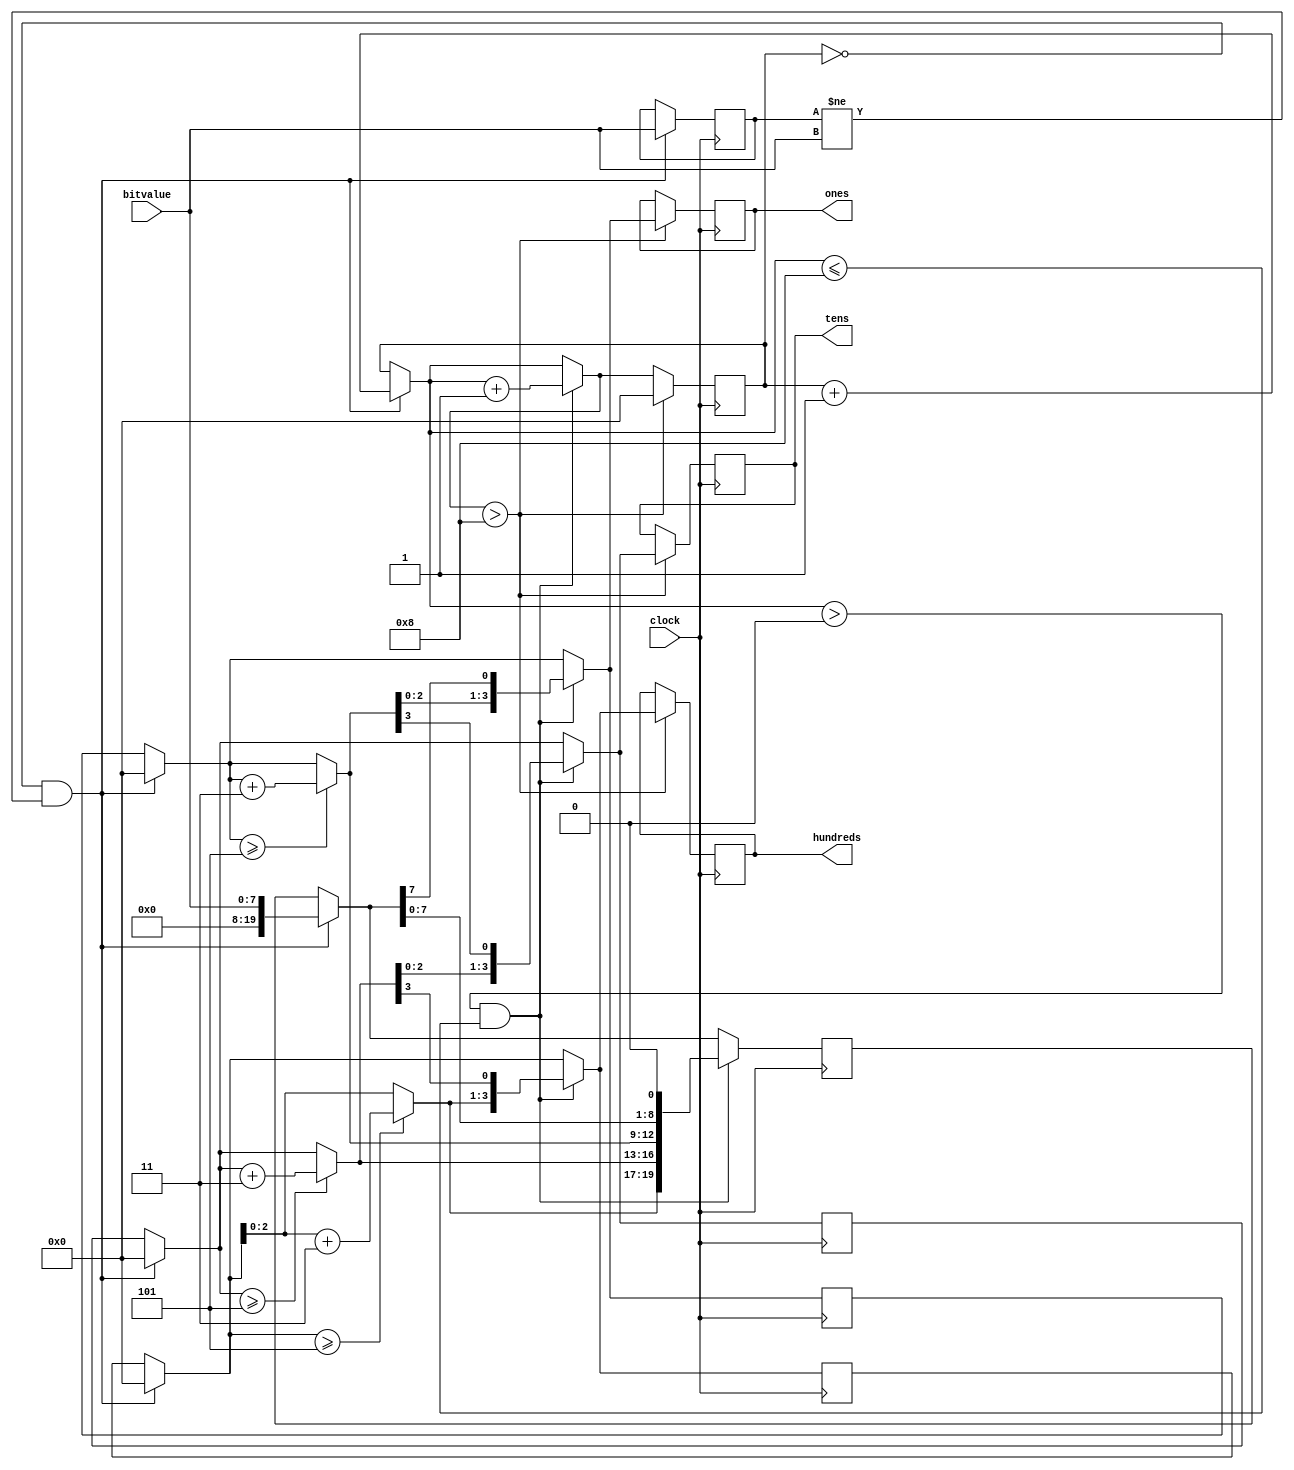
module binary_to_BCD(
	input clock,
	input[7:0] bitvalue,
	output reg [3:0] ones,
	output reg [3:0] tens,
	output reg [3:0] hundreds
    );

reg [3:0] i = 0;
reg [19:0] shift_register = 0;

//temp registers
reg [3:0] temp_ones = 0;
reg [3:0] temp_tens = 0;
reg [3:0] temp_hundreds = 0;
reg [7:0] old_bit_value = 0;

always @(posedge clock) begin
	if (i == 0 && old_bit_value != bitvalue) begin
		temp_hundreds = 0;
		temp_tens = 0;
		temp_ones = 0;
		old_bit_value = bitvalue;
		shift_register = {temp_hundreds, temp_tens, temp_ones, bitvalue};
		i = i+1;
	end
	if(i > 0 && i <= 8) begin
		if(temp_ones >= 5)
			temp_ones = temp_ones + 3;
		if (temp_tens >= 5)
			temp_tens = temp_tens + 3;
		if (temp_hundreds >= 5)
			temp_hundreds = temp_hundreds + 3;
		shift_register[19:8] = {temp_hundreds, temp_tens, temp_ones};
		shift_register = shift_register << 1;
		temp_hundreds = shift_register[19:16];
		temp_tens = shift_register[15:12];
		temp_ones = shift_register[11:8];
		i = i + 1;
	end
	if(i > 8) begin
		i = 0;
		ones = temp_ones;
		tens = temp_tens;
		hundreds = temp_hundreds;
	end
end
		
endmodule